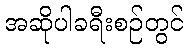
အဆိုပါခရီးစဉ်တွင်